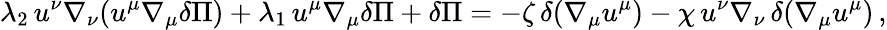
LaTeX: \lambda_{2}\, u^{\nu}\nabla_{\nu}(u^{\mu}\nabla_{\mu}\delta\Pi)+\lambda_{1}\, u^{\mu}\nabla_{\mu}\delta\Pi+\delta\Pi=-\zeta\, \delta(\nabla_{\mu}u^{\mu})-\chi\, u^{\nu}\nabla_{\nu}\, \delta(\nabla_{\mu}u^{\mu})\, ,